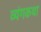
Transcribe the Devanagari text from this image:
व्यंगकथा